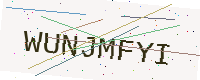
Text: WUNJMFYI